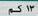
٣ ١ كم